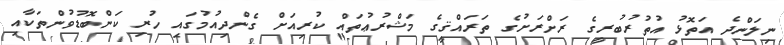
ނިލަންދެ އަތޮޅު އުތުރުބުރީގެ ރަށްރަށުގެ ތަރައްޤީގެ މަޝްރުޢުތައް ކުރިއަށް ގެންދިއުމުގައި ހުރި ކަންބޮޑުވުންތަކާއި